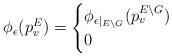
\begin{align*}\phi_\epsilon(p^E_v)=\begin{cases}\phi_{\epsilon|_{E\backslash G}}(p^{E\backslash G}_v)&\\0&\end{cases}\end{align*}